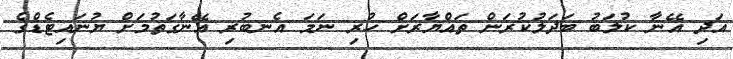
އަދި އޭނާ ކުލަބު ބަދަލުކުރަން ތައްޔާރަށް ހުރި ނަމަ އެނބުރި އޭނާގަތުމަށް ޔުނައިޓެޑްގެ